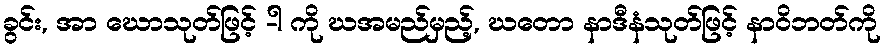
ခွင်း, အာ ဃောသုတ်ဖြင့် -ါ ကို ဃအမည်မှည့်, ဃတော နာဒီနံသုတ်ဖြင့် နာဝိဘတ်ကို